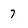
Character: 7